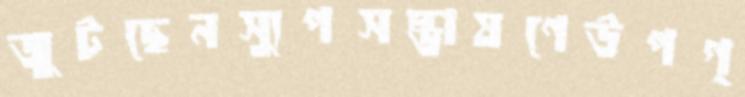
জুটছেনস্যুপসম্ভাষণেউপগ্